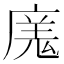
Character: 𭙬